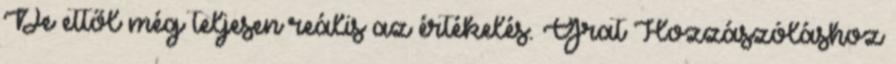
De ettől még teljesen reális az értékelés. Grat Hozzászóláshoz